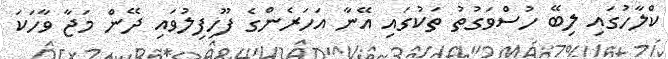
ކްލާހުގައި ލިބޭ ހުސްވަގުތު ތަކުގައި އޭނާ އަހަރެންގެ ފޫހިފިލުވައި ދޭން މަޖާ ވާހަކަ